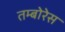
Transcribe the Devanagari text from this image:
तम्बोरेस